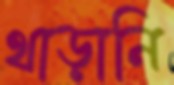
থাড়ানি